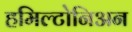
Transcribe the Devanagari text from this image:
हमिल्टोनिअन